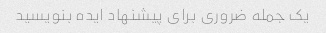
یک جمله ضروری برای پیشنهاد ایده بنویسید